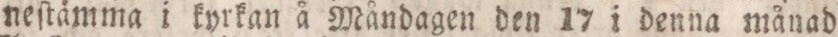
neſtämma i kyrkan å Måndagen den 17 i denna månad